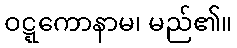
ဝဋ္ဋကောနာမ၊ မည်၏။